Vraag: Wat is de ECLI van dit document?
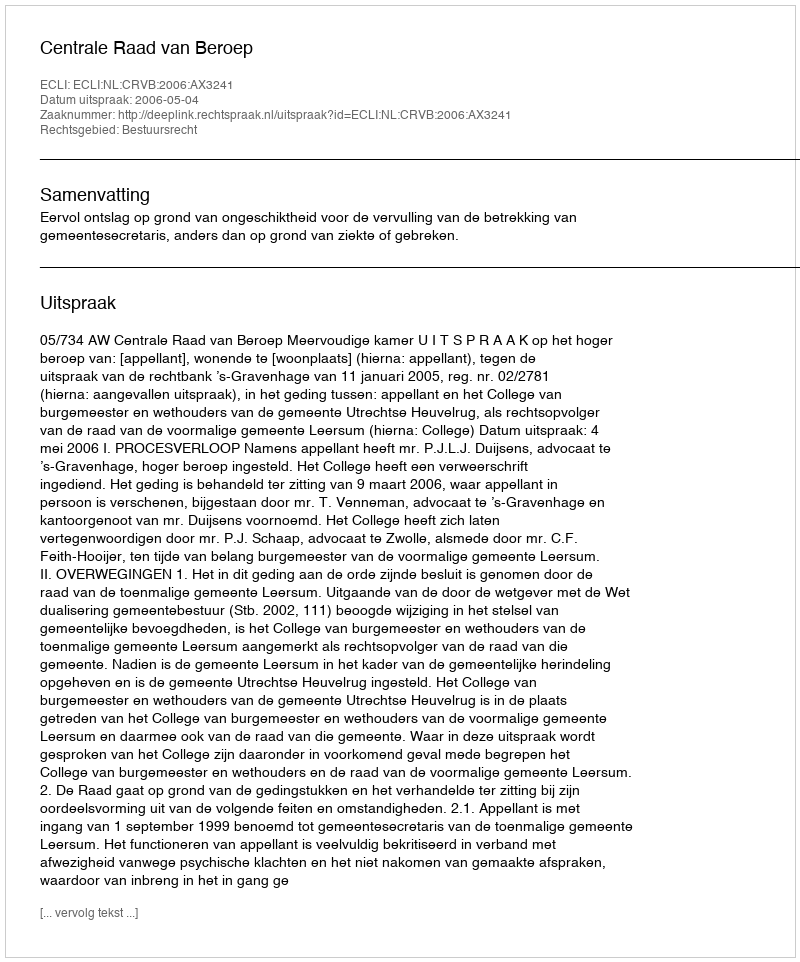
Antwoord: ECLI:NL:CRVB:2006:AX3241